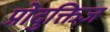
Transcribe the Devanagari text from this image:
प्रोदुक्तिज़